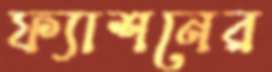
ফ্যাশনের